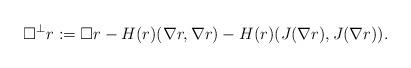
LaTeX: \begin{align*}\Box^\perp r:=\Box r-H(r)(\nabla r,\nabla r)-H(r)(J(\nabla r),J(\nabla r)).\end{align*}